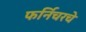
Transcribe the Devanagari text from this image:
फर्निचरचे